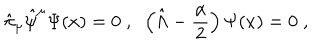
\hat { \pi } _ { \mu } \hat { \psi } ^ { \mu } \Psi ( x ) = 0 \; , \; \; \left( \hat { \Lambda } - \frac { \alpha } { 2 } \right) \Psi ( x ) = 0 \; ,